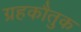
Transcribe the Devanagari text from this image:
ग्रहकौतुक